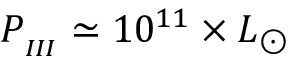
P _ { _ { I I I } } \simeq 1 0 ^ { 1 1 } \times L _ { \odot }